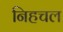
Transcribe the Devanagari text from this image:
निहचल